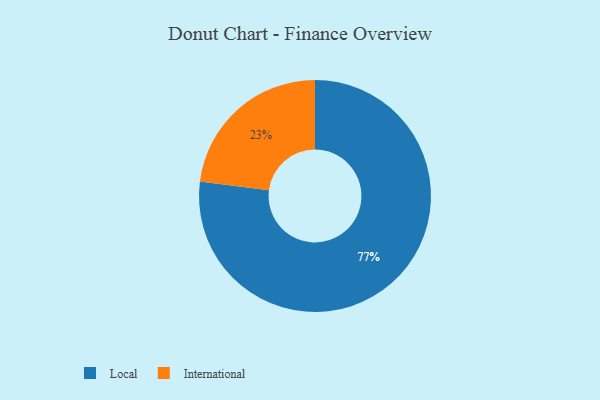
{"axis": {"x": "Category", "y": "Percentage"}, "legend": ["International", "Local"], "data": [{"x": "Local", "y": 77, "type": "Local"}, {"x": "International", "y": 23, "type": "International"}]}